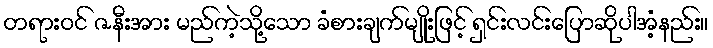
တရားဝင် ဇနီးအား မည်ကဲ့သို့သော ခံစားချက်မျိုးဖြင့် ရှင်းလင်းပြောဆိုပါအံ့နည်း။